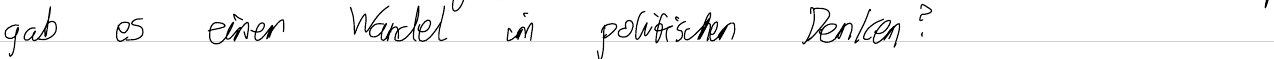
gab es einen Wandel im politischen Denken?